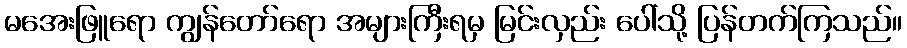
မအေးဖြူရော ကျွန်တော်ရော အများကြီးရမှ မြင်းလှည်း ပေါ်သို့ ပြန်တက်ကြသည်။